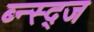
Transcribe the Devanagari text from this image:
ब्न्स्द्ज